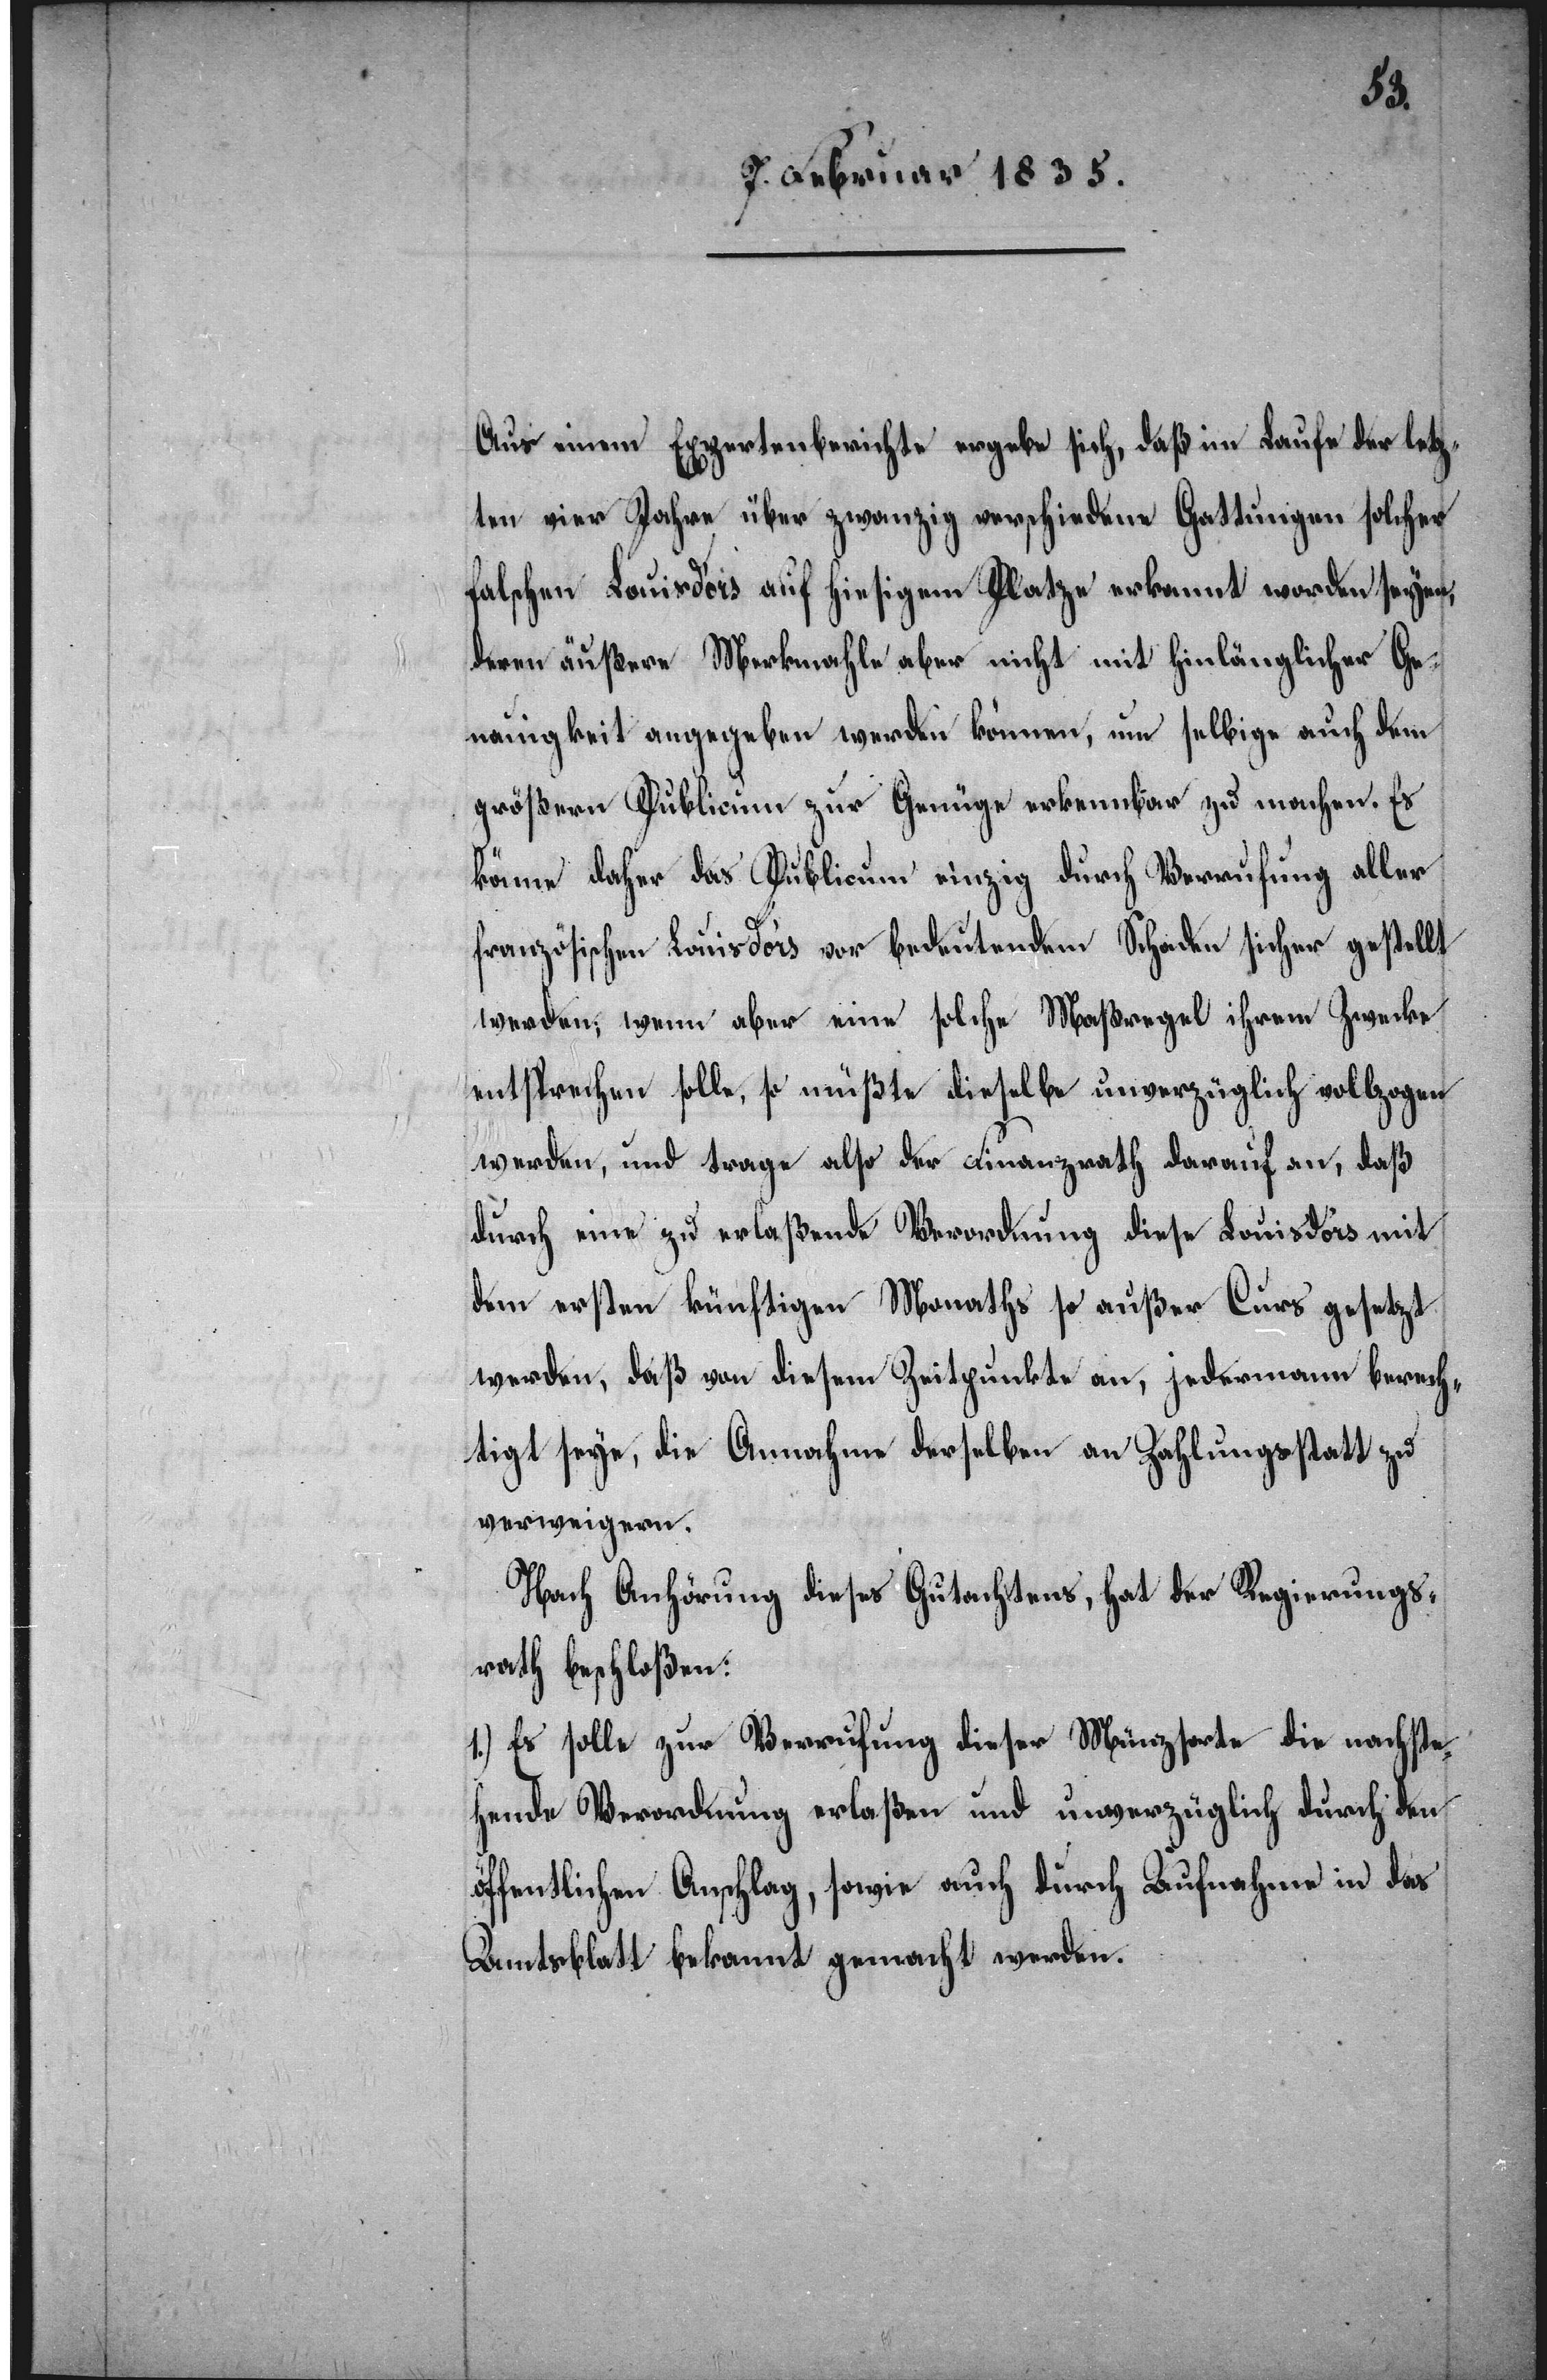
Aus einem Expertenberichte ergebe sich, daß im Laufe der letz¬
ten vier Jahre über zwanzig verschiedene Gattungen solcher
falschen Louisd’ors auf hiesigem Platze erkannt worden seyen,
deren äußere Merkmahle aber nicht mit hinlänglicher Ge¬
nauigkeit angegeben werden können, um selbige auch dem
größern Publicum zur Genüge erkennbar zu machen. Es
könne daher das Publicum einzig durch Verrufung aller
französischen Louisd’or vor bedeutendem Schaden sicher gestellt
werden; wenn aber eine solche Maßregel ihrem Zwecke
entsprechen solle, so müßte dieselbe unverzüglich vollzogen
werden, und trage also der Finanzrath darauf an, daß
durch eine zu erlaßende Verordnung diese Louisd’ors mit
dem ersten künftigen Monaths so außer Curs gesetzt
werden, daß von diesem Zeitpunkte an, jedermann berech¬
tigt seye, die Annahme derselben an Zahlungsstatt zu
verweigern.
Nach Anhörung dieses Gutachtens, hat der Regierungs¬
rath beschloßen:
1.) Es solle zur Verrufung dieser Münzsorte die nachste¬
hende Verordnung erlaßen und unverzüglich durch den
öffentlichen Anschlag, sowie auch durch Aufnahme in das
Amtsblatt bekannt gemacht werden.